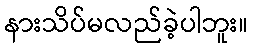
နားသိပ်မလည်ခဲ့ပါဘူး။